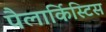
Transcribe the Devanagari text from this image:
पैलार्किस्टिस